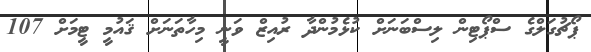
ޕޯޗުގަލްގެ ސްޕޯޓިން ލިސްބަނަށް ކުޅެމުންދާ ރުއިޒް ވަނީ މިހާތަނަށް ޤައުމީ ޓީމަށް 107